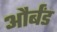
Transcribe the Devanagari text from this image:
और्बंड